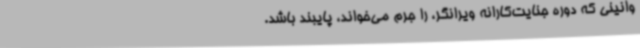
وانینی که دوره جنایت‌کارانه ویرانگر، را جرم می‌خواند، پایبند باشد.